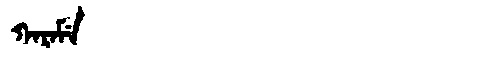
Manchu: ᡴᠠᡵᠠᠮᡝ
Romanization: KARAME